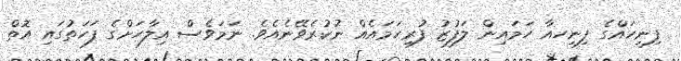
ފިނިހައްގެ ފިނިހއާ ހަމައިން ލަފުޒު ފުރިހަމައެއް ނުކުރެވޭނެއެވެ. ނަމަވެސް އިލާހަށްގެ ފަހަތުގައި އޮތް